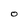
Character: O